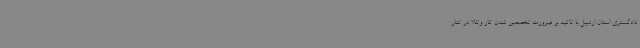
دادگستری استان اردبیل با تاکید بر ضرورت تخصصی شدن کار وکلا در کنار